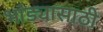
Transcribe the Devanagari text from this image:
भांड्यासाठी